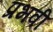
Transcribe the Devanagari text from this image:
प्रभवी